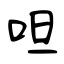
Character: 呾